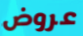
عروض